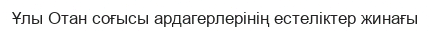
Ұлы Отан соғысы ардагерлерінің естеліктер жинағы